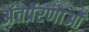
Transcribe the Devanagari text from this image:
अंतर्प्रेरणाओं